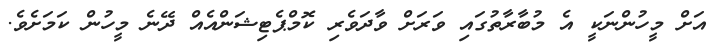
އަށް މީހުންނަކީ އެ މުބާރާތުގައި ވަރަށް ވާދަވެރި ކޮމްޕެޓިޝަންއެއް ދޭނެ މީހުން ކަމަށެވެ.